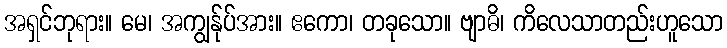
အရှင်ဘုရား။ မေ၊ အကျွန်ုပ်အား။ ဧကော၊ တခုသော။ ဗျာဓိ၊ ကိလေသာတည်းဟူသော